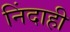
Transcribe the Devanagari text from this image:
निंदाही